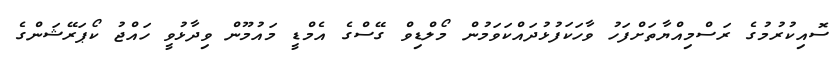
ސޮއިކުރުމުގެ ރަސްމިއްޔާތަށްފަހު ވާހަކަފުޅުދައްކަވަމުން މޯލްޑިވް ގޭސްގެ އެމްޑީ މައުމޫން ވިދާޅުވީ ހައްޖު ކޯޕަރޭޝަންގެ